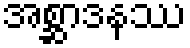
အစ္ဆာဒနဿ